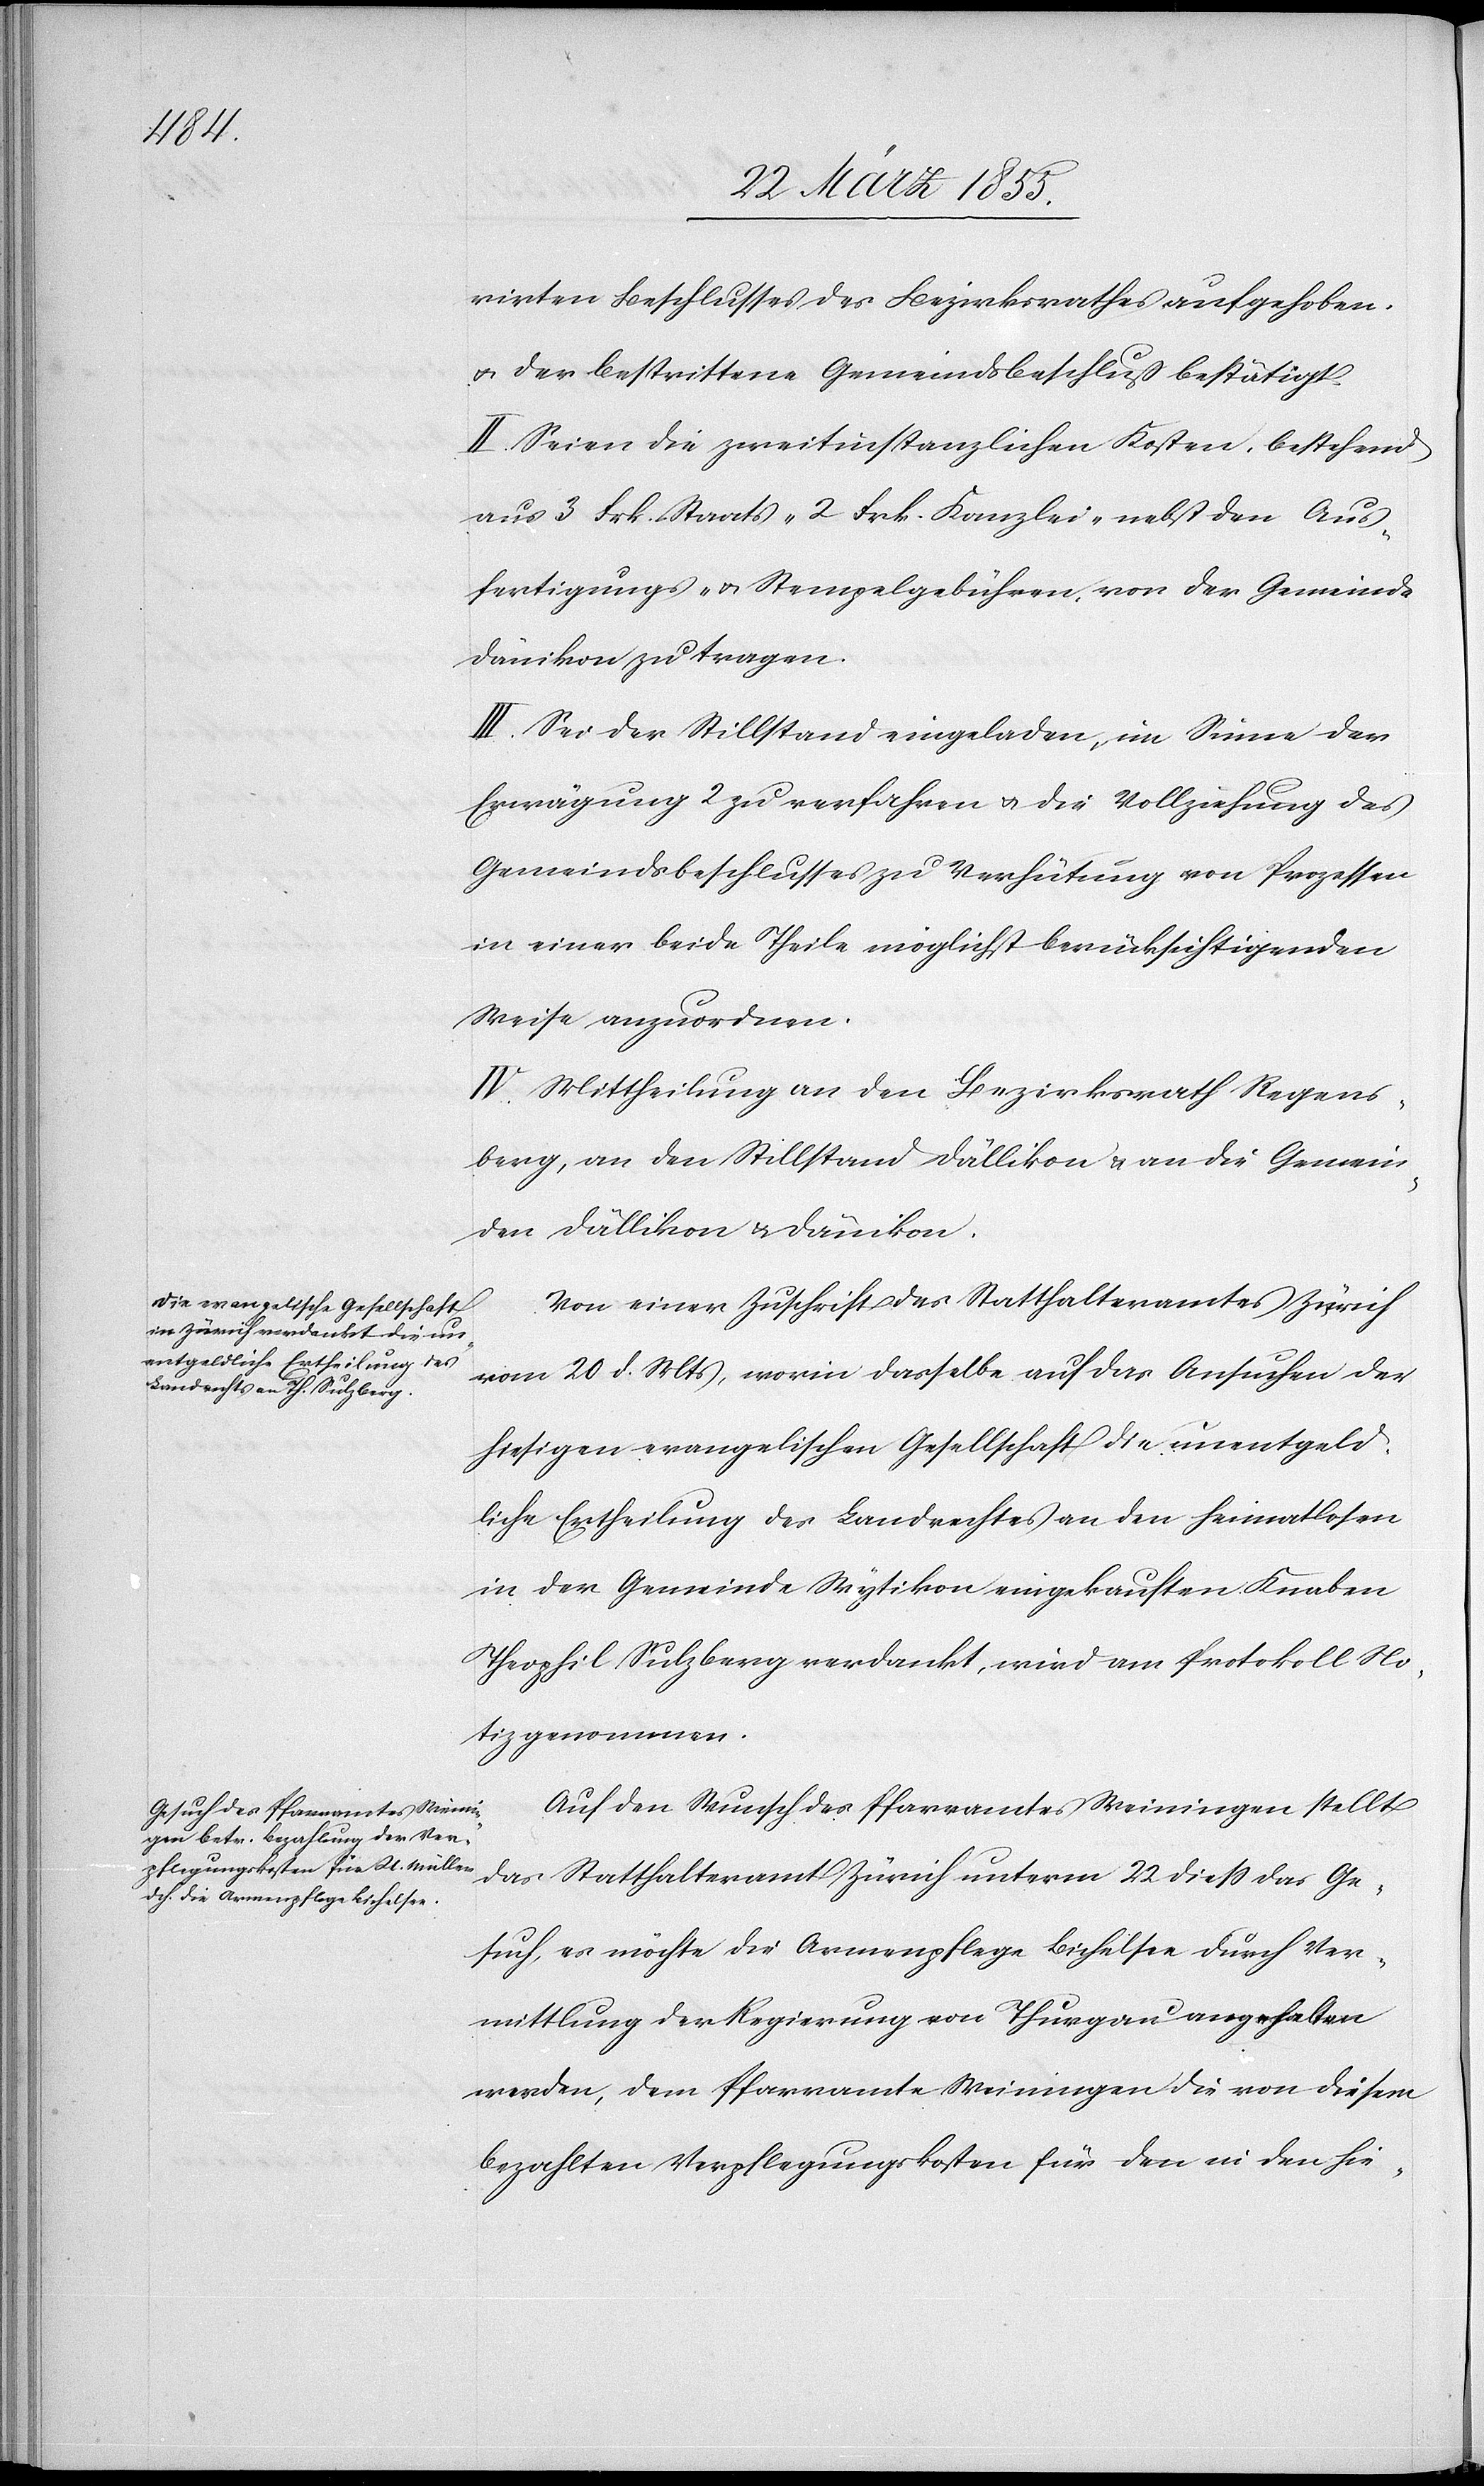
rirten Beschlusses des Bezirksrathes aufgehoben,
& der bestrittene Gemeindsbeschluß bestätigt.
II. Seien die zweitinstanzlichen Kosten, bestehend
aus 3 Frk. Staats-[,] 2 Frk. Kanzlei-[,] nebst den Aus¬
fertigungs- & Stempelgebühren, von der Gemeinde
Dänikon zu tragen.
III. Sei der Stillstand eingeladen, im Sinne der
Erwägung 2 zu verfahren & die Vollziehung des
Gemeindsbeschlusses zu Verhütung von Prozessen
in einer beide Theile möglichst berücksichtigenden
Weise anzuordnen.
IV. Mittheilung an den Bezirksrath Regens¬
berg, an den Stillstand Dällikon & an die Gemein¬
den Dällikon & Dänikon.
Von einer Zuschrift des Statthalteramtes Zürich
vom 20 d. Mts, worin dasselbe auf das Ansuchen der
hiesigen evangelischen Gesellschaft die unentgeld¬
liche Ertheilung des Landrechtes an den heimatlosen
in der Gemeinde Wytikon eingekauften Knaben
Theophil Sulzberg verdankt, wird am Protokoll No¬
tiz genommen.
Auf den Wunsch des Pfarramtes Weiningen stellt
das Statthalteramt Zürich unterm 22 diess das Ge¬
such, es möchte die Armenpflege Bichelsee durch Ver¬
mittlung der Regierung von Thurgau angehalten
werden, dem Pfarramte Weiningen die von diesem
bezahlten Verpflegungskosten für den in den hie-